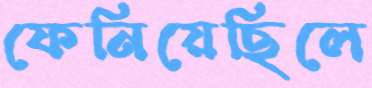
ফেনিয়েছিলে